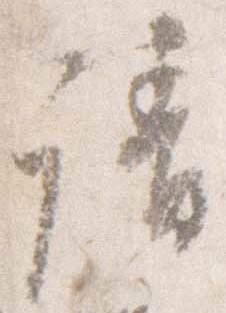
請